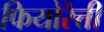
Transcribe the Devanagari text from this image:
फियोरेत्ती